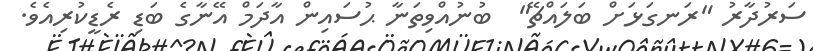
ސަރުދާރު "ރަނގަޅަށް ބަލައްޗޭ"  ބުނުއްވިތަނާ ޙުސައިން އާދަމް އޭނާގެ ބަޑި ރެޑީކުރިއެވެ.